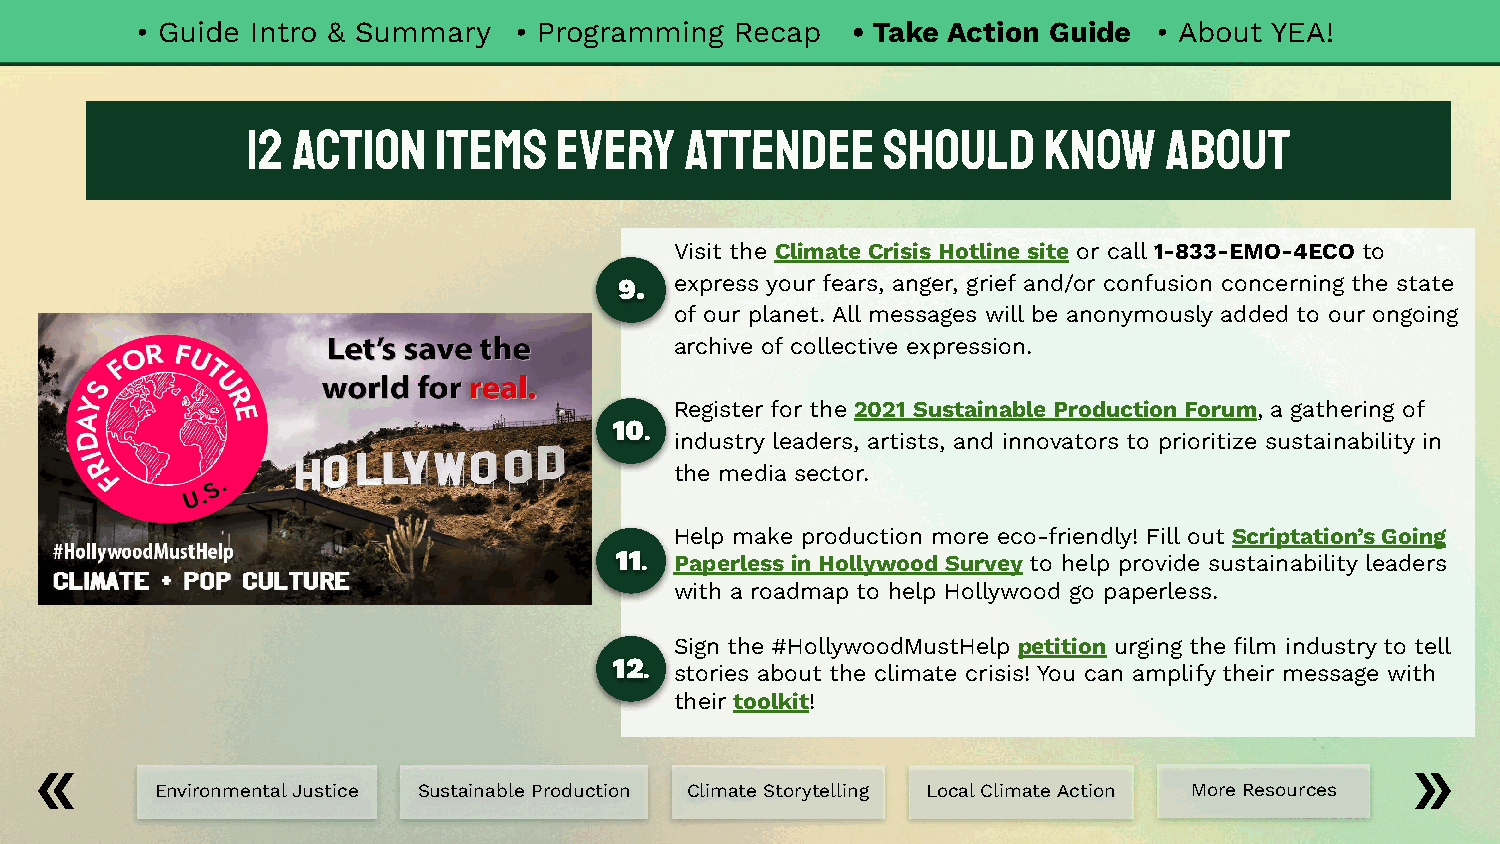
• Guide Intro & Summary  • Programming  Recap  • Take Action Guide  • About YEA!
 12 Action    Items   Every   Attendee     Should     Know    About
 Visit the Climate Crisis Hotline site or call 1-833-EMO-4ECO to
 9.  express your fears, anger, grief and/or confusion concerning the state
 of our planet. All messages will be anonymously added to our ongoing
 archive of collective expression.
 Register for the 2021 Sustainable Production Forum, a gathering of
 10
 .
 industry leaders, artists, and innovators to prioritize sustainability in
 the media sector.
 Help make production more eco-friendly! Fill out Scriptation’s Going
 11 . Paperless in Hollywood Survey to help provide sustainability leaders
 with a roadmap to help Hollywood go paperless.
 Sign the #HollywoodMustHelp petition urging the film industry to tell
 12
 . stories about the climate crisis! You can amplify their message with
 their toolkit!
 Environmental Justice Sustainable Production Climate Storytelling Local Climate Action More Resources